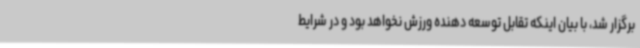
برگزار شد، با بیان اینکه تقابل توسعه دهنده ورزش نخواهد بود و در شرایط